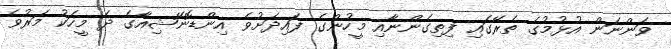
ވަންނަން އުޅުމުގެ ތެރޭގައި ފިތިގެންނާއި މީހުންގެ ފައިދަށުވެ އިންޑޮނޭޝިއާގެ ދެ މީހަކު މަރުވެ